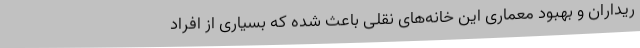
ریداران و بهبود معماری این خانه‌های نقلی باعث شده که بسیاری از افراد